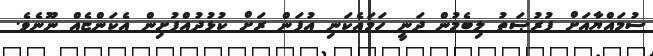
ސުމައްޔާއަށް ފުރުޞަތު ލިބެމުން ދަނީ ހަމައެކަނި އުފަން ރަށް ކުޅުދުއްފުށިން އެކަންޏެއް ނޫނެވެ.